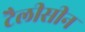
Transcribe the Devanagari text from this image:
टैलीसीन